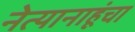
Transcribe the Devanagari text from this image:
नेत्यानाहूंचा